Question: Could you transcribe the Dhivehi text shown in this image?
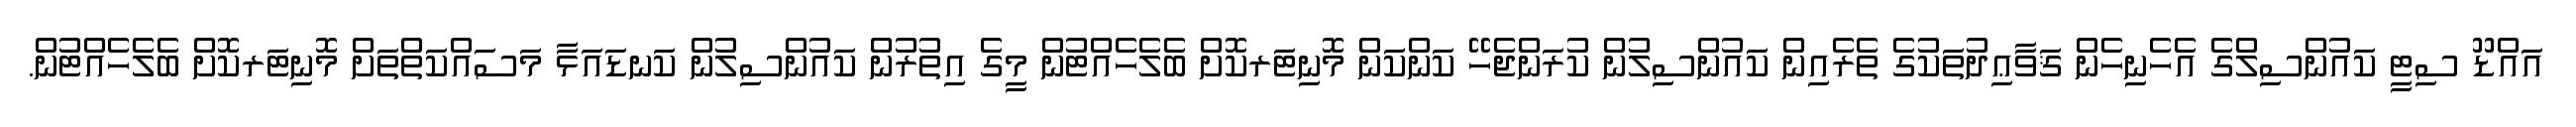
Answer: އައްޑޫ ސިޓީ ކައުންސިލްގެ އެހެނިހެން ޤަވާޢިދުތަކުގެ ތެރެއިން ކައުންސިލުން ކުރަންޖެހޭ ކަންކަން މޮނިޓަރކޮށް ބެލެހެއްޓުން މީގެ އިތުރުން ކައުންސިލުން ކަނޑައަޅާ މަސައްކަތްތަށް މޮނިޓަރކޮށް ބެލެހެއްޓުން.